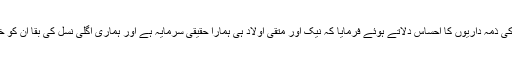
صدر صاحبہ نے ماؤں کو ان کی ذمہ داریوں کا احساس دلاتے ہوئے فرمایا کہ نیک اور متقی اولاد ہی ہمارا حقیقی سرمایہ ہے اور ہماری اگلی نسل کی بقا ان کو خلافت سے جوڑ دینے میں ہے۔